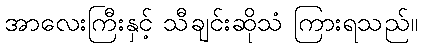
အာလေးကြီးနှင့် သီချင်းဆိုသံ ကြားရသည်။